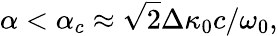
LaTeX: \alpha<\alpha_{c}\approx\sqrt{2}\Delta\kappa_{0}c/\omega_{0},